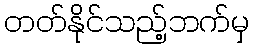
တတ်နိုင်သည့်ဘက်မှ